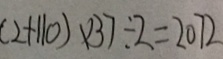
( 2 + 1 1 0 ) \times 3 7 \div 2 = 2 0 7 2